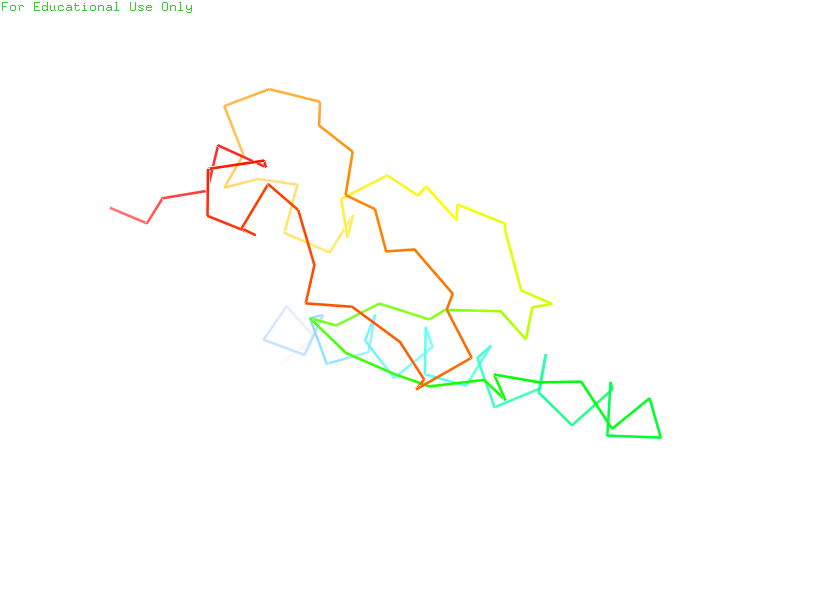
pymol, preset, ligand_sites_trans_hq